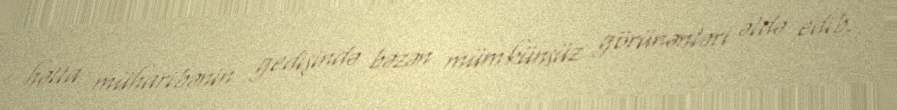
hətta müharibənin gedişində bəzən mümkünsüz görünənləri əldə edib.